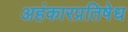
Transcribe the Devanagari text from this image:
अहंकारप्रतिषेध